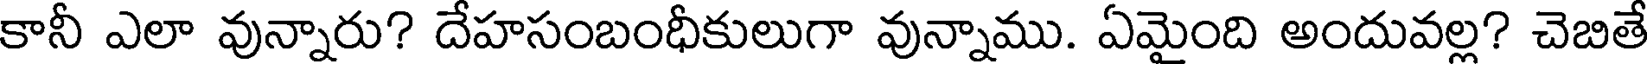
కానీ ఎలా వున్నారు? దేహసంబంధీకులుగా వున్నాము. ఏమైంది అందువల్ల? చెబితే